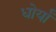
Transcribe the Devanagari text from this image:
धोर्यां